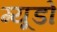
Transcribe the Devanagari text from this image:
ग्यूडो